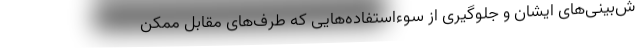
ش‌بینی‌های ایشان و جلوگیری از سوءاستفاده‌هایی که طرف‌های مقابل ممکن